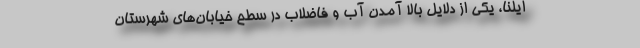
ایلنا، یکی از دلایل بالا آمدن آب‌ و فاضلاب در سطح خیابان‌های شهرستان